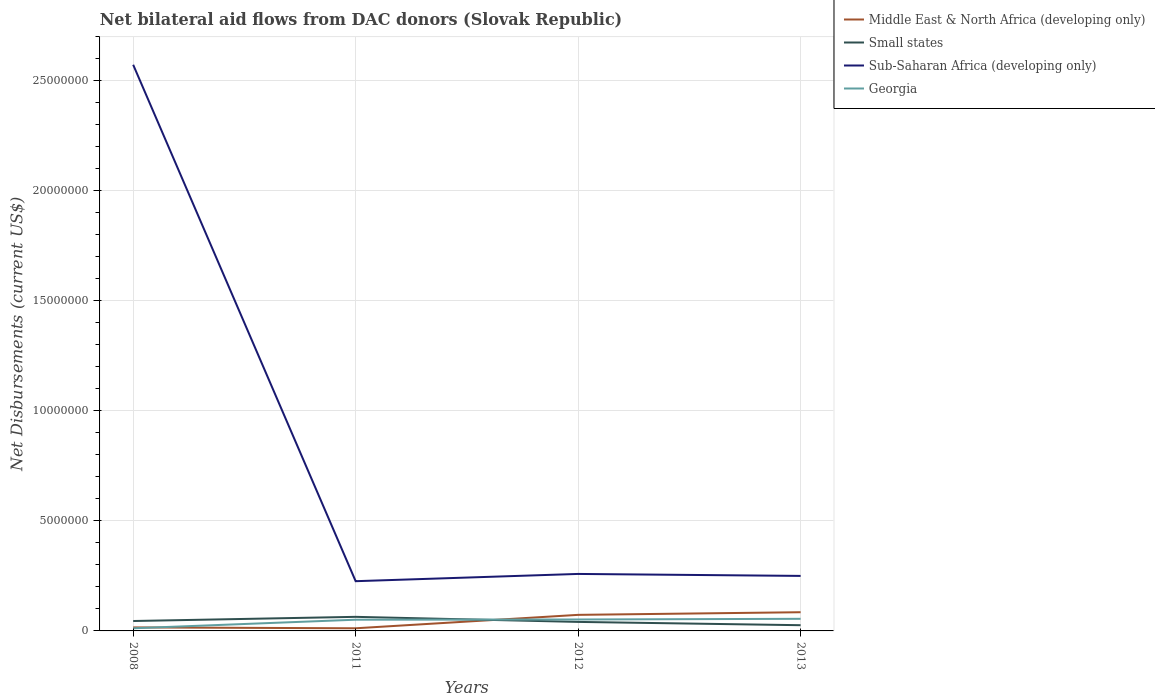
| Years | Middle East & North Africa (developing only) | Small states | Sub-Saharan Africa (developing only) | Georgia |
 | --- | --- | --- | --- | --- |
 | 2008 | 1.6e+05 | 4.5e+05 | 2.57e+07 | 1.2e+05 |
 | 2011 | 1.2e+05 | 6.4e+05 | 2.26e+06 | 5.1e+05 |
 | 2012 | 7.3e+05 | 4.1e+05 | 2.59e+06 | 5.2e+05 |
 | 2013 | 8.5e+05 | 2.6e+05 | 2.5e+06 | 5.5e+05 |